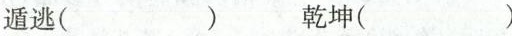
遁逃( ) 乾坤( )